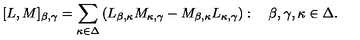
[ L , M ] _ { \beta , \gamma } = \sum _ { \kappa \in \Delta } \left( L _ { \beta , \kappa } M _ { \kappa , \gamma } - M _ { \beta , \kappa } L _ { \kappa , \gamma } \right) : \quad \beta , \gamma , \kappa \in \Delta .